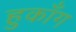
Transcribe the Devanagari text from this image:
हुकाँग